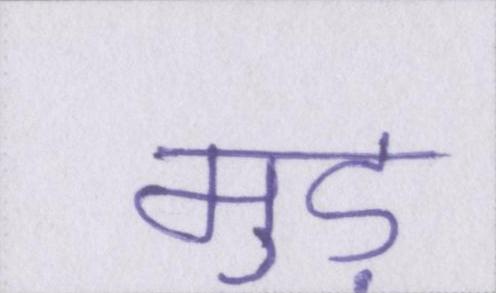
मुड़